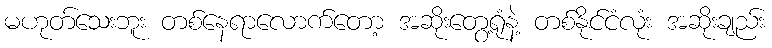
မဟုတ်သေးဘူး တစ်နေရာလောက်တော့ အဆိုးတွေ့ရုံနဲ့ တစ်နိုင်ငံလုံး အဆိုးချည်း